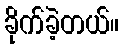
ခိုက်ခဲ့တယ်။